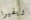
ريفيرا